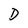
Character: D